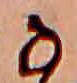
な